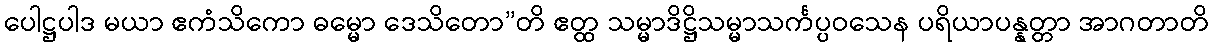
ပေါဋ္ဌပါဒ မယာ ဧကံသိကော ဓမ္မော ဒေသိတော”တိ ဧတ္ထ သမ္မာဒိဋ္ဌိသမ္မာသင်္ကပ္ပဝသေန ပရိယာပန္နတ္တာ အာဂတာတိ